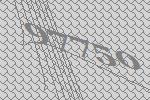
97750